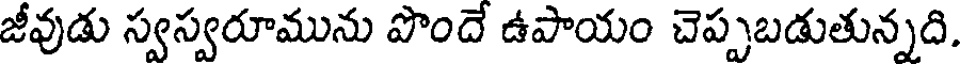
జీవుడు స్వస్వరూమును పొందే ఉపాయం చెప్పబడుతున్నది.